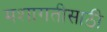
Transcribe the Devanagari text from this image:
मशागतीसाठी